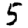
Digit: 5